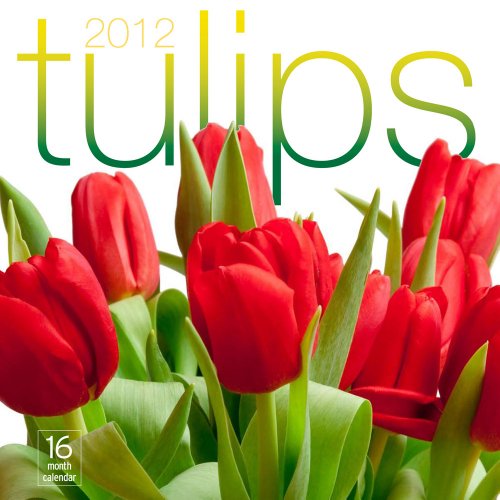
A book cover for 2012 Tulips Wall calendar; Moseley Road Inc.; Calendars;